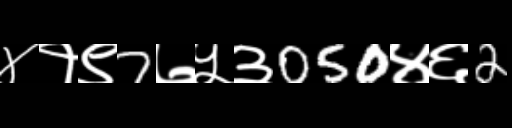
Text: ४१९7७५३050४६2